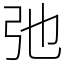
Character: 弛